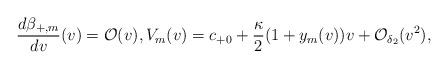
LaTeX: \begin{align*} \frac{d\beta_{+,m}}{dv}(v)= \mathcal{O}(v),V_m(v)=c_{+0}+\frac{\kappa}{2}(1+y_m(v))v+\mathcal{O}_{\delta_2}(v^2),\end{align*}